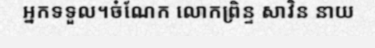
អ្នកទទួល។ចំណែក លោកព្រិន្ទ សាវិន នាយ